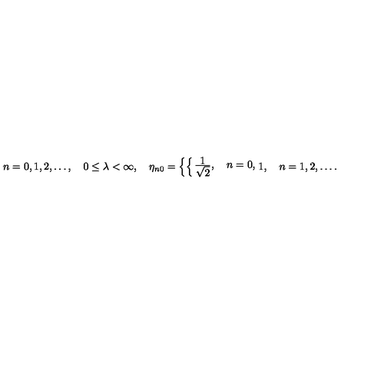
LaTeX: n = 0 , 1 , 2 , \ldots , \quad 0 \leq \lambda < \infty , \quad \eta _ { n 0 } = \left\{ \begin{cases} { \frac { { \displaystyle 1 } } { { \displaystyle \sqrt 2 } } , \quad n = 0 , } \\ { 1 , \quad n = 1 , 2 , \ldots . } \\ \end{cases} \right.